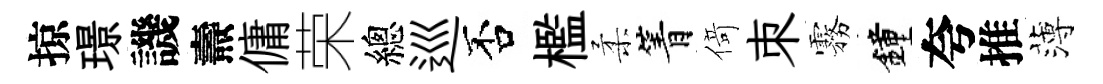
掠璟譏燾傭荣總巡否檻柔箐𠋣朿霧鐘夸推薄